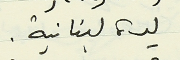
ليرة لبنانية.